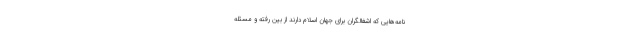
نامه‌هایی که اشغالگران برای جهان اسلام دارند از بین رفته و مسئله